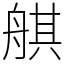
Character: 䑴